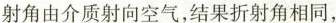
射角由介质射向空气，结果折射角相同，